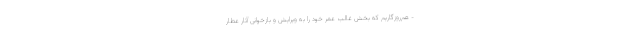
- هم‌روزگاریم که بخش غالب عمر خود را به ویرایش و بازخوانی آثار عطار